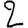
Digit: 2